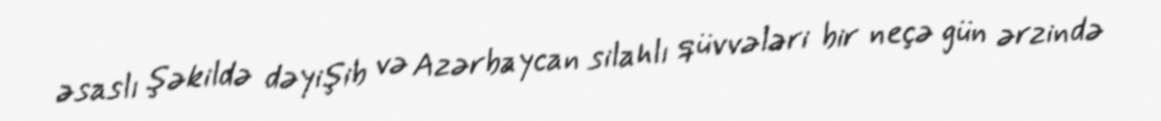
əsaslı şəkildə dəyişib və Azərbaycan silahlı qüvvələri bir neçə gün ərzində